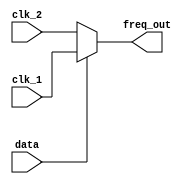
/* Generated by Yosys 0.27+22 (git sha1 53c0a6b78, clang 11.0.1-2 -fPIC -Os) */

module freq_select(clk_1, clk_2, data, freq_out);
  wire [6:0] _0_;
  input [6:0] clk_1;
  wire [6:0] clk_1;
  input [6:0] clk_2;
  wire [6:0] clk_2;
  input data;
  wire data;
  output [6:0] freq_out;
  wire [6:0] freq_out;
  assign _0_ = data ? clk_1 : clk_2;
  assign freq_out = _0_;
endmodule